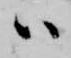
ハ